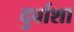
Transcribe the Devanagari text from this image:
दुर्वाशा